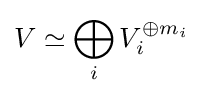
V\simeq \bigoplus _{i}V_{i}^{\oplus m_{i}}